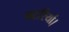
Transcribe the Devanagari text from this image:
पटरियों।